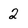
Character: 2